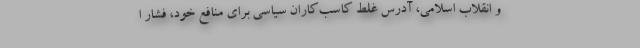
و انقلاب اسلامی، آدرس غلط کاسب‌کاران سیاسی برای منافع خود، فشار ا